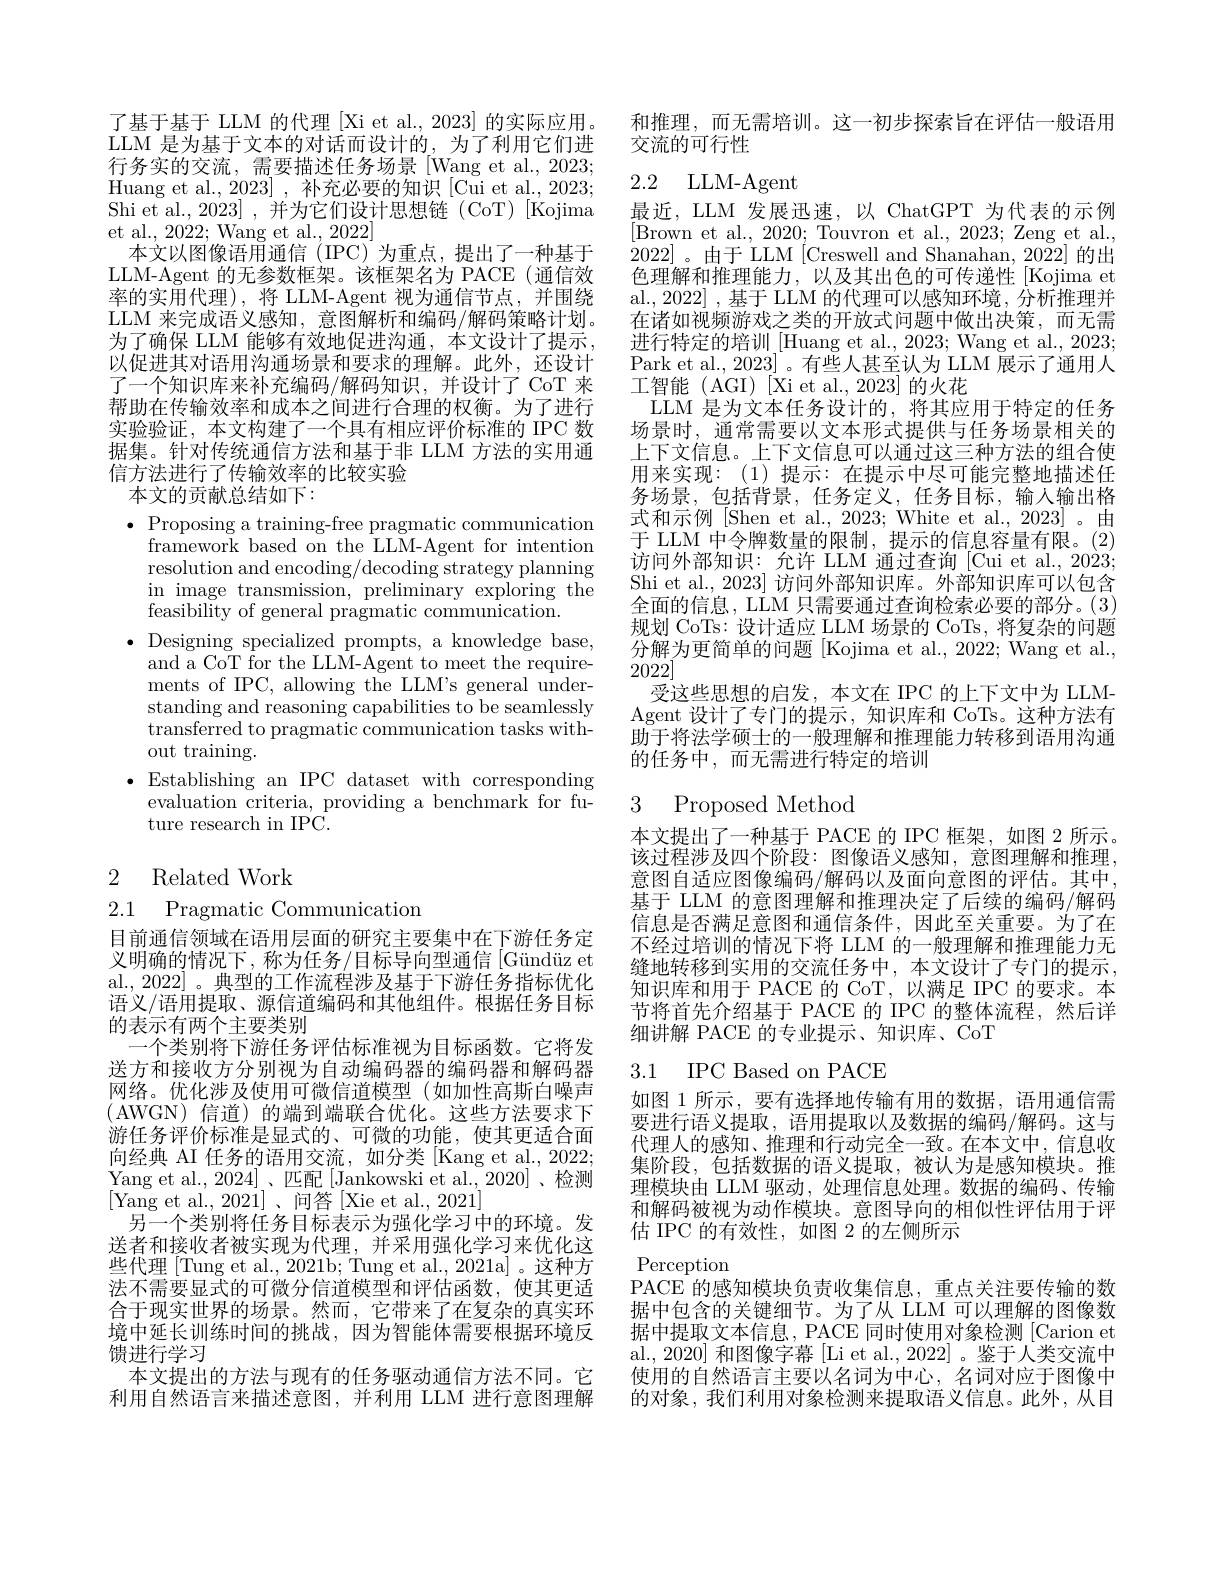
了基于基于 LLM 的代理 [Xi et al., 2023] 的实际应用。LLM 是为基于文本的对话而设计的，为了利用它们进行务实的交流，需要描述任务场景[Wang et al.,2023; Huang et al., 2023] , 补充必要的知识 [Cui et al., 2023; Shi et al., 2023] , 并为它们设计思想链 (CoT) [Kojima et al., 2022; Wang et al., 2022]
本文以图像语用通信(IPC)为重点，提出了一种基于LLM-Agent 的无参数框架。该框架名为 PACE (通信效率的实用代理),将 LLM-Agent 视为通信节点，并围绕LLM 来完成语义感知，意图解析和编码/解码策略计划。为了确保 LLM 能够有效地促进沟通，本文设计了提示， 以促进其对语用沟通场景和要求的理解。此外，还设计了一个知识库来补充编码/解码知识，并设计了 CoT 来帮助在传输效率和成本之间进行合理的权衡。为了进行实验验证，本文构建了一个具有相应评价标准的 IPC 数据集。针对传统通信方法和基于非 LLM 方法的实用通信方法进行了传输效率的比较实验
本文的贡献总结如下：

$\bullet$ Proposing a training-free pragmatic communication
framework based on the LLM-Agent for intention resolution and encoding/decoding strategy planning in image transmission, preliminary exploring the feasibility of general pragmatic communication.
$\bullet$Designing specialized prompts, a knowledge base,
and a CoT for the LLM-Agent to meet the requirements of IPC, allowing the LLM's general understanding and reasoning capabilities to be seamlessly transferred to pragmatic communication tasks without training.
$\bullet$Establishing an IPC dataset with corresponding
evaluation criteria, providing a benchmark for fu-
ture research in IPC.

2 Related Work

2.1 Pragmatic Communication

目前通信领域在语用层面的研究主要集中在下游任务定义明确的情况下，称为任务/目标导向型通信[Gündüz et al., 2022] 。典型的工作流程涉及基于下游任务指标优化语义/语用提取、源信道编码和其他组件。根据任务目标的表示有两个主要类别
一个类别将下游任务评估标准视为目标函数。它将发送方和接收方分别视为自动编码器的编码器和解码器网络。优化涉及使用可微信道模型(如加性高斯白噪声(AWGN)信道)的端到端联合优化。这些方法要求下游任务评价标准是显式的、可微的功能，使其更适合面向经典 AI 任务的语用交流，如分类 [Kang et al., 2022; Yang et al.,2024]、匹配[Jankowski et al.,2020]、检测[Yang et al.,2021]、问答[Xie et al., 2021]
另一个类别将任务目标表示为强化学习中的环境。发送者和接收者被实现为代理，并采用强化学习来优化这些代理[Tung et al., 2021b; Tung et al., 2021a] 。这种方法不需要显式的可微分信道模型和评估函数，使其更适合于现实世界的场景。然而，它带来了在复杂的真实环境中延长训练时间的挑战，因为智能体需要根据环境反馈进行学习
本文提出的方法与现有的任务驱动通信方法不同。它利用自然语言来描述意图，并利用 LLM 进行意图理解

和推理，而无需培训。这一初步探索旨在评估一般语用
交流的可行性
2.2 LLM-Agent

最近，LLM 发展迅速，以 ChatGPT 为代表的示例[Brown et al., 2020; Touvron et al., 2023; Zeng et al. 2022]。由于 LLM [Creswell and Shanahan, 2022] 的出色理解和推理能力，以及其出色的可传递性[Kojima et al., 2022] , 基于 LLM 的代理可以感知环境，分析推理并在诸如视频游戏之类的开放式问题中做出决策，而无需进行特定的培训\_Huang et al., 2023; Wang et al., 2023; Park et al., 2023] 。有些人甚至认为 LLM 展示了通用人工智能 (AGI) [Xi et al., 2023] 的火花
LLM 是为文本任务设计的，将其应用于特定的任务场景时，通常需要以文本形式提供与任务场景相关的上下文信息。上下文信息可以通过这三种方法的组合使用来实现：(1)提示：在提示中尽可能完整地描述任务场景，包括背景，任务定义，任务目标，输入输出格式和示例[Shen et al., 2023; White et al., 2023]。由于 LLM 中令牌数量的限制，提示的信息容量有限。(2) 访问外部知识：允许 LLM 通过查询 [Cui et al., 2023; Shi et al., 2023] 访问外部知识库。外部知识库可以包含全面的信息，LLM 只需要通过查询检索必要的部分。(3) 规划 CoTs: 设计适应 LLM 场景的 CoTs, 将复杂的问题分解为更简单的问题[Kojima et al., 2022; Wang et al., 2022]
受这些思想的启发，本文在 IPC 的上下文中为 LLMAgent 设计了专门的提示，知识库和 CoTs。这种方法有助于将法学硕士的一般理解和推理能力转移到语用沟通的任务中，而无需进行特定的培训

### 3 Proposed Method

本文提出了一种基于 PACE 的 IPC 框架，如图 2 所示。该过程涉及四个阶段：图像语义感知，意图理解和推理， 意图自适应图像编码/解码以及面向意图的评估。其中， 基于 LLM 的意图理解和推理决定了后续的编码/解码信息是否满足意图和通信条件，因此至关重要。为了在不经过培训的情况下将 LLM 的一般理解和推理能力无缝地转移到实用的交流任务中，本文设计了专门的提示， 知识库和用于 PACE 的 CoT, 以满足 IPC 的要求。本节将首先介绍基于 PACE 的 IPC 的整体流程，然后详细讲解 PACE 的专业提示、知识库、CoT

## 3.1 IPC Based on PACE

如图 1 所示，要有选择地传输有用的数据，语用通信需要进行语义提取，语用提取以及数据的编码/解码。这与代理人的感知、推理和行动完全一致。在本文中，信息收集阶段，包括数据的语义提取，被认为是感知模块。推理模块由 LLM 驱动，处理信息处理。数据的编码、传输和解码被视为动作模块。意图导向的相似性评估用于评估 IPC 的有效性，如图 2 的左侧所示
Perception
PACE 的感知模块负责收集信息，重点关注要传输的数据中包含的关键细节。为了从 LLM 可以理解的图像数据中提取文本信息，PACE 同时使用对象检测 [Carion et al., 2020] 和图像字幕 [Li et al., 2022] 。鉴于人类交流中使用的自然语言主要以名词为中心，名词对应于图像中的对象，我们利用对象检测来提取语义信息。此外，从目